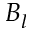
B _ { l }